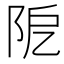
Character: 阸